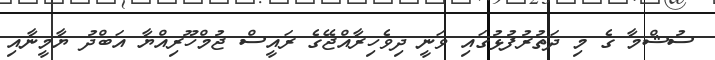
ސުޝްމާ ގެ މި ދަތުރުފުޅުގައި ވަނީ ދިވެހިރާއްޖޭގެ ރައީސް ޖުމްހޫރިއްޔާ އަބްދު ޔާމީނާއި